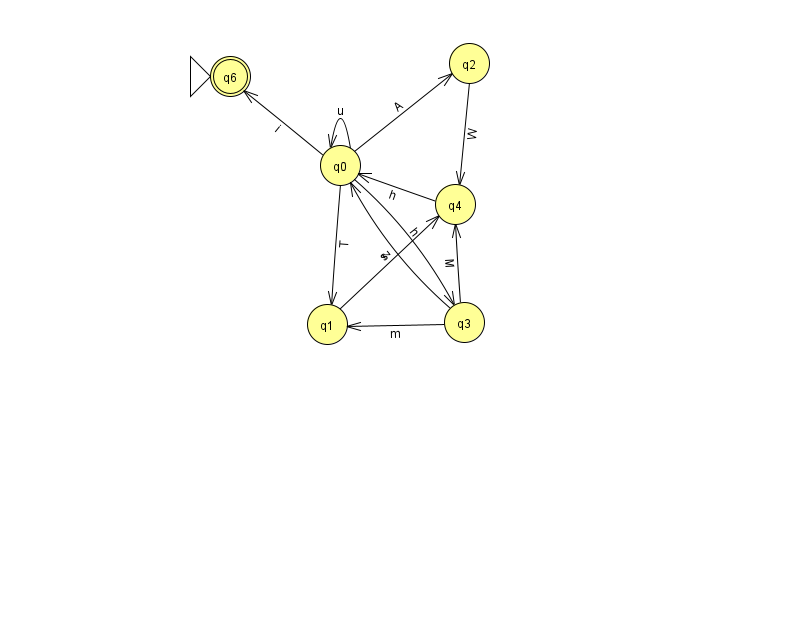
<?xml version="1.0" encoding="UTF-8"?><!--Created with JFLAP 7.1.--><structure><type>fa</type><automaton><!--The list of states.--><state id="0" name="q0"><x>340.0</x><y>152.0</y></state><state id="1" name="q1"><x>327.0</x><y>311.0</y></state><state id="2" name="q2"><x>469.0</x><y>50.0</y></state><state id="3" name="q3"><x>464.0</x><y>309.0</y></state><state id="4" name="q4"><x>455.0</x><y>191.0</y></state><state id="6" name="q6"><x>230.0</x><y>63.0</y><initial/><final/></state><!--The list of transitions.--><transition><from>0</from><to>6</to><read>i</read></transition><transition><from>3</from><to>1</to><read>m</read></transition><transition><from>0</from><to>0</to><read>u</read></transition><transition><from>4</from><to>0</to><read>h</read></transition><transition><from>1</from><to>4</to><read>s</read></transition><transition><from>2</from><to>4</to><read>W</read></transition><transition><from>3</from><to>0</to><read>z</read></transition><transition><from>0</from><to>3</to><read>h</read></transition><transition><from>0</from><to>1</to><read>T</read></transition><transition><from>3</from><to>4</to><read>M</read></transition><transition><from>0</from><to>2</to><read>A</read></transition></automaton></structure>